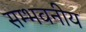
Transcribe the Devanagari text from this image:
सम्भवनीय